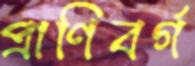
প্রাণিবর্গ